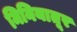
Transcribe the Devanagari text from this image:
मिनियातूर